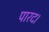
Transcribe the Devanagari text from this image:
पारद।